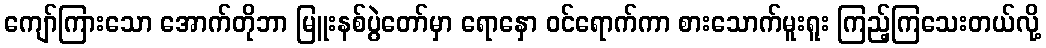
ကျော်ကြားသော အောက်တိုဘာ မြူးနစ်ပွဲတော်မှာ ရောနှော ဝင်ရောက်ကာ စားသောက်မူးရူး ကြည့်ကြသေးတယ်လို့